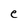
Character: e